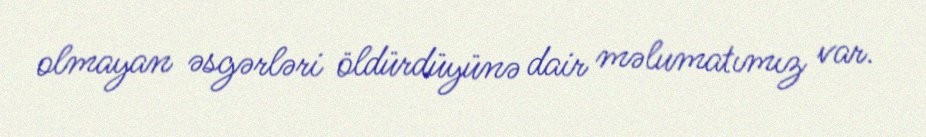
olmayan əsgərləri öldürdüyünə dair məlumatımız var.